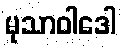
မုသာဝါဒေါ